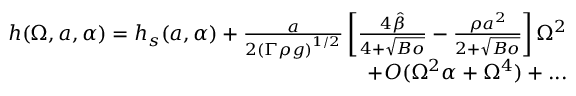
\begin{array} { r } { h ( \Omega , a , \alpha ) = h _ { s } ( a , \alpha ) + \frac { a } { 2 \left( \Gamma \rho { g } \right) ^ { 1 / 2 } } \left[ \frac { 4 \hat { \beta } } { 4 + \sqrt { B o } } - \frac { \rho { a } ^ { 2 } } { 2 + \sqrt { B o } } \right] \Omega ^ { 2 } } \\ { + O ( \Omega ^ { 2 } \alpha + \Omega ^ { 4 } ) + . . . } \end{array}